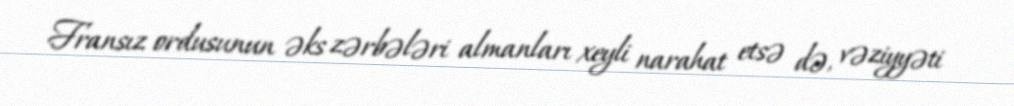
Fransız ordusunun əks zərbələri almanları xeyli narahat etsə də, vəziyyəti